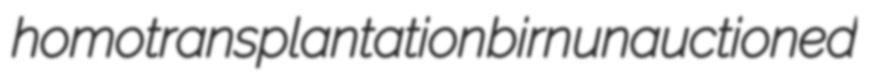
homotransplantation birn unauctioned